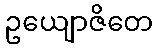
ဥယျောဇိတေ